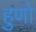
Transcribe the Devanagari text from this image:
हुणो